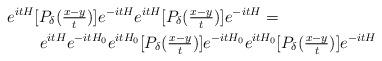
LaTeX: \begin{align*} \MoveEqLeft e^{itH}[P_\delta(\tfrac{x-y}{t})]e^{-itH}e^{itH}[P_\delta(\tfrac{x-y}{t})]e^{-itH}=\\&e^{itH}e^{-itH_0}e^{itH_0}[P_\delta(\tfrac{x-y}{t})]e^{-itH_0}e^{itH_0}[P_\delta(\tfrac{x-y}{t})]e^{-itH} \end{align*}